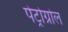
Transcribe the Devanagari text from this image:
पेट्रोग्रोल